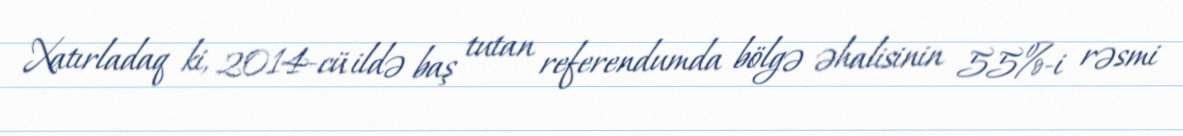
Xatırladaq ki, 2014-cü ildə baş tutan referendumda bölgə əhalisinin 55%-i rəsmi